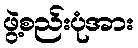
ဖွဲ့စည်းပုံအား